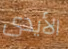
الأيدى